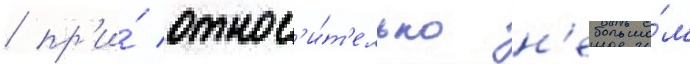
/ пр'и́ относ'и́т'ельно н'ебольшо́м